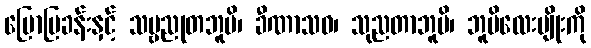
ပြောပြခန်းနှင့် သဗ္ဗညုတဘူမိ၊ ခီဏာသဝ၊ သုညတာဘူမိ၊ ဘူမိလေးမျိုးကို